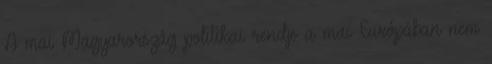
A mai Magyarország politikai rendje a mai Európában nem